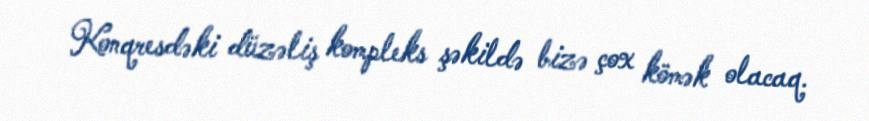
Konqresdəki düzəliş kompleks şəkildə bizə çox kömək olacaq.